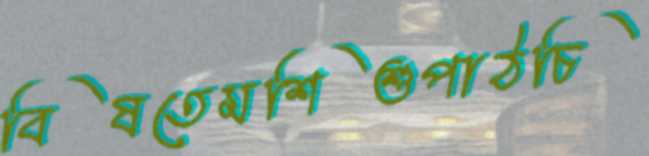
বিষতেমশিশুপাঠচি